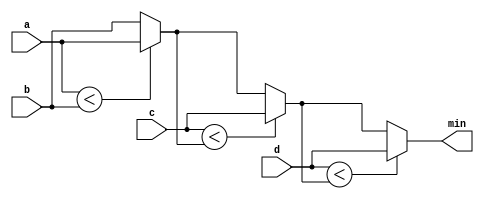
module top_module (
    input [7:0] a, b, c, d,
    output [7:0] min);//

    // assign intermediate_result1 = compare? true: false;
    wire [7:0] min_mid, min_mid1, min_mid2;
    assign min_mid = (a < b) ? a : b;
    assign min_mid1 = (c < min_mid) ? c : min_mid;
    assign min_mid2 = (d < min_mid1) ? d : min_mid1;
    assign min = min_mid2;

endmodule